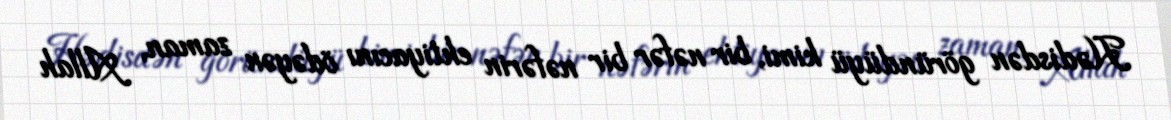
Hədisdən göründüyü kimi, bir nəfər bir nəfərin ehtiyacını ödəyən zaman, Allah